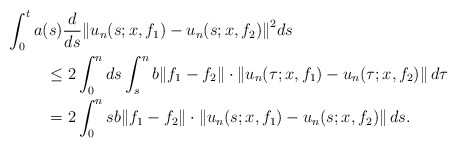
\begin{align*}\int_0^ta(s)&\frac{d}{ds}{\Vert u_n(s;x,f_1) - u_n(s;x,f_2)\Vert}^2ds \\ \le & \ 2\int_0^n ds \int_s^nb\Vert f_1-f_2\Vert \cdot \Vert u_n(\tau;x,f_1) - u_n(\tau; x,f_2)\Vert \, d\tau \\ = & \ 2\int_0^n sb\Vert f_1-f_2\Vert\cdot \Vert u_n(s;x,f_1) - u_n(s; x,f_2) \Vert \, ds.\end{align*}